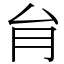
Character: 䏍